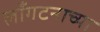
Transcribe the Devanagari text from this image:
लाँगटनाच्या